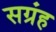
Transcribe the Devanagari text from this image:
सग्रंह